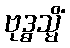
ဗုဒ္ဓသ္မိံ